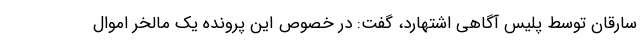
سارقان توسط پلیس آگاهی اشتهارد، گفت: در خصوص این پرونده یک مالخر اموال